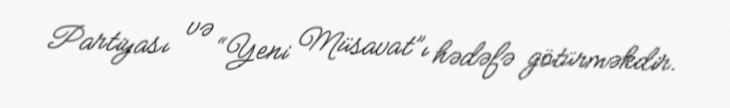
Partiyası və “Yeni Müsavat”ı hədəfə götürməkdir.